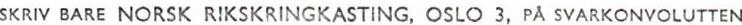
SKRIV BARE NORSK RIKSKRINGKASTING, OSLO 3, PÅ SVARKONVOLUTTEN